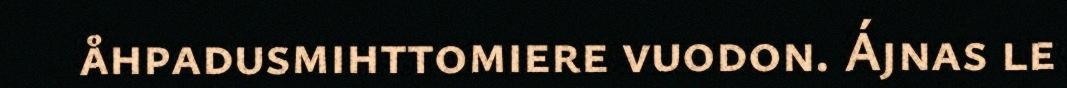
åhpadusmihttomiere vuodon. Ájnas le